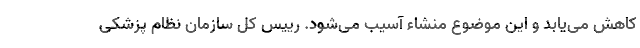
کاهش می‌یابد و این موضوع منشاء آسیب می‌شود. رییس کل سازمان نظام پزشکی